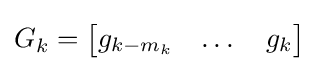
G_{k}={\begin{bmatrix}g_{k-m_{k}}&\dots &g_{k}\end{bmatrix}}